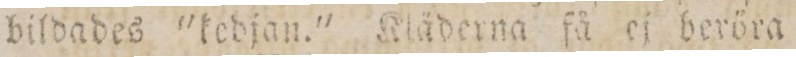
bildades 'kedjan.' Kläderna få ej beröra